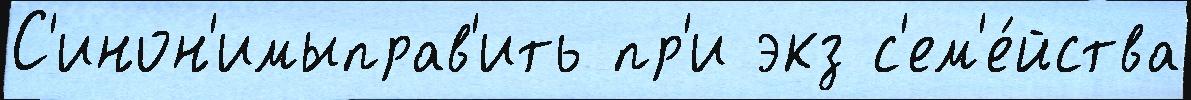
С'инон'имыправ'ить пр'и экз с'ем'е́йства